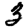
Digit: 3